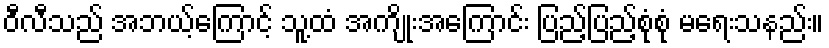
ဝီလီသည် အဘယ့်ကြောင့် သူ့ထံ အကျိုးအကြောင်း ပြည့်ပြည့်စုံစုံ မရေးသနည်း။